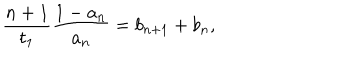
\frac { n + 1 } { t _ { 1 } } \frac { 1 - a _ { n } } { a _ { n } } = b _ { n + 1 } + b _ { n } ,